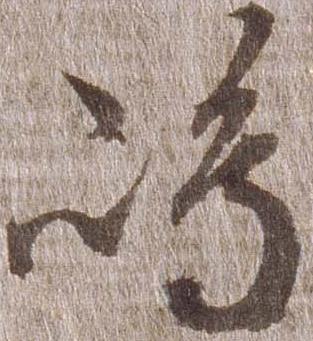
嶋